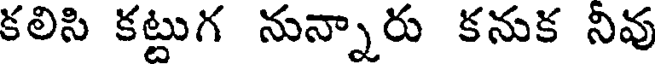
కలిసి కట్టుగ నున్నారు కనుక నివు